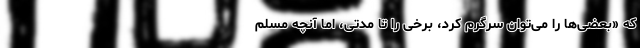
که «‌بعضی‌ها را می‌توان سرگرم کرد، برخی را تا مدتی، اما آنچه مسلم